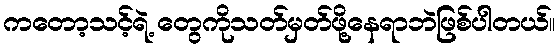
ကတော့သင့်ရဲ့ တွေကိုသတ်မှတ်ဖို့နေရာဘဲဖြစ်ပါတယ်။